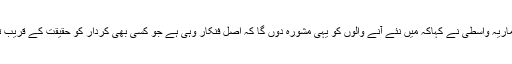
ایک انٹر ویومیں ماریہ واسطی نے کہاکہ میں نئے آنے والوں کو یہی مشورہ دوں گا کہ اصل فنکار وہی ہے جو کسی بھی کردار کو حقیقت کے قریب تر ہو کر نبھائے ۔